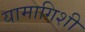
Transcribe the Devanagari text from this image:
यामागिशी